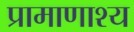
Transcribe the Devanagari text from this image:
प्रामाणाश्य